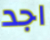
اجد